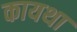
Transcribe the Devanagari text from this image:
कायथा